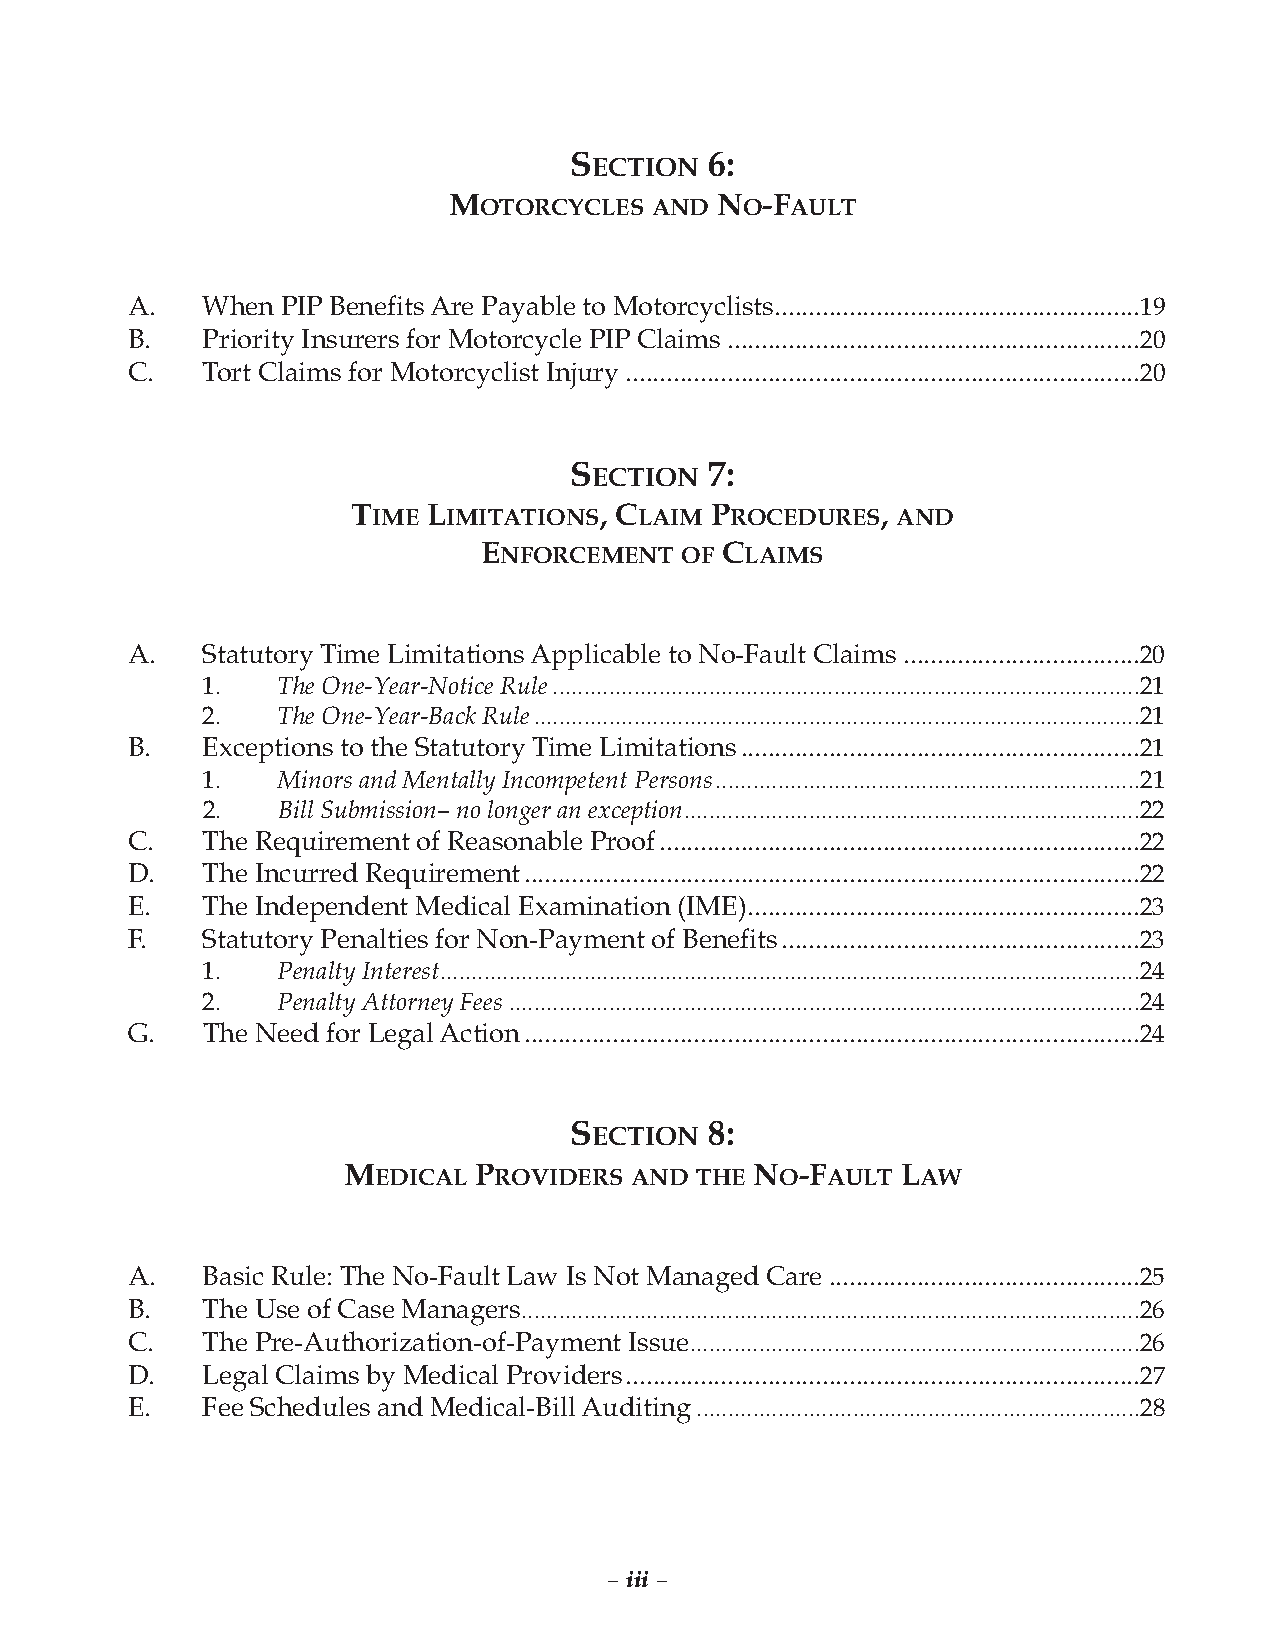
SECTION  6:
 MOTORCYCLES  AND NO-FAULT
 A.   When  PIP BenefitsAre Payable to Motorcyclists......................................................19
 B.   Priority Insurers for Motorcycle PIP Claims .............................................................20
 C.   Tort Claims for Motorcyclist Injury ............................................................................20
 SECTION  7:
 TIME LIMITATIONS, CLAIM PROCEDURES, AND
 ENFORCEMENT  OF CLAIMS
 A.   Statutory Time LimitationsApplicable to No-Fault Claims ...................................20
 1.   The One-Year-Notice Rule..............................................................................................21
 2.   The One-Year-BackRule.................................................................................................21
 B.   Exceptions to the Statutory Time Limitations...........................................................21
 1.   Minors andMentallyIncompetent Persons....................................................................21
 2.   BillSubmission–nolonger an exception.........................................................................22
 C.   The Requirement of Reasonable Proof.......................................................................22
 D.   The Incurred Requirement...........................................................................................22
 E.   The Independent Medical Examination (IME)..........................................................23
 F.   Statutory Penalties for Non-Payment of Benefits.....................................................23
 1.   Penalty Interest................................................................................................................24
 2.   Penalty Attorney Fees.....................................................................................................24
 G.   The Need for LegalAction...........................................................................................24
 SECTION  8:
 MEDICAL PROVIDERS  AND THE NO-FAULT  LAW
 A.   Basic Rule: The No-Fault Law Is Not Managed Care ..............................................25
 B.   The Use of Case Managers...................................................................................................26
 C.   The Pre-Authorization-of-Payment Issue........................................................................26
 D.   Legal Claims by Medical Providers............................................................................27
 E.   Fee Schedules and Medical-BillAuditing.......................................................................28
 – iii –